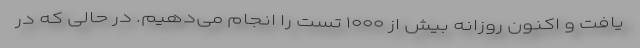
یافت و اکنون روزانه بیش از ۱۰۰۰ تست را انجام می‌دهیم. در حالی که در